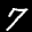
Label: 7